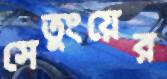
সেতুংয়ের